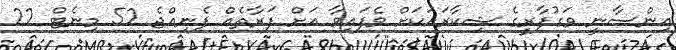
އިންސާނީ ވަގުފާރީގެ ޝިކާރައަކަށް ވެފައިވާ އަށް ފަރާތެއް ފެނިއްޖެ 52 މިނެޓް 22